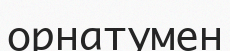
орнатумен